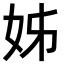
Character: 姊